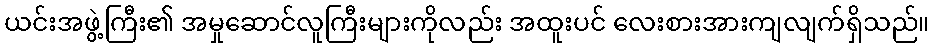
ယင်းအဖွဲ့ကြီး၏ အမှုဆောင်လူကြီးများကိုလည်း အထူးပင် လေးစားအားကျလျက်ရှိသည်။